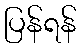
ပြန်ရန်